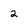
Character: 2